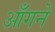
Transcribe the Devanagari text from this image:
आँगने